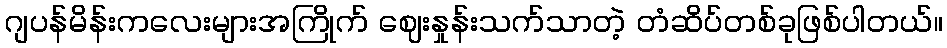
ဂျပန်မိန်းကလေးများအကြိုက် ဈေးနှုန်းသက်သာတဲ့ တံဆိပ်တစ်ခုဖြစ်ပါတယ်။